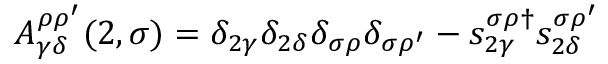
A _ { \gamma \delta } ^ { \rho \rho ^ { \prime } } ( 2 , \sigma ) = \delta _ { 2 \gamma } \delta _ { 2 \delta } \delta _ { \sigma \rho } \delta _ { \sigma \rho ^ { \prime } } - s _ { 2 \gamma } ^ { \sigma \rho \dagger } s _ { 2 \delta } ^ { \sigma \rho ^ { \prime } }